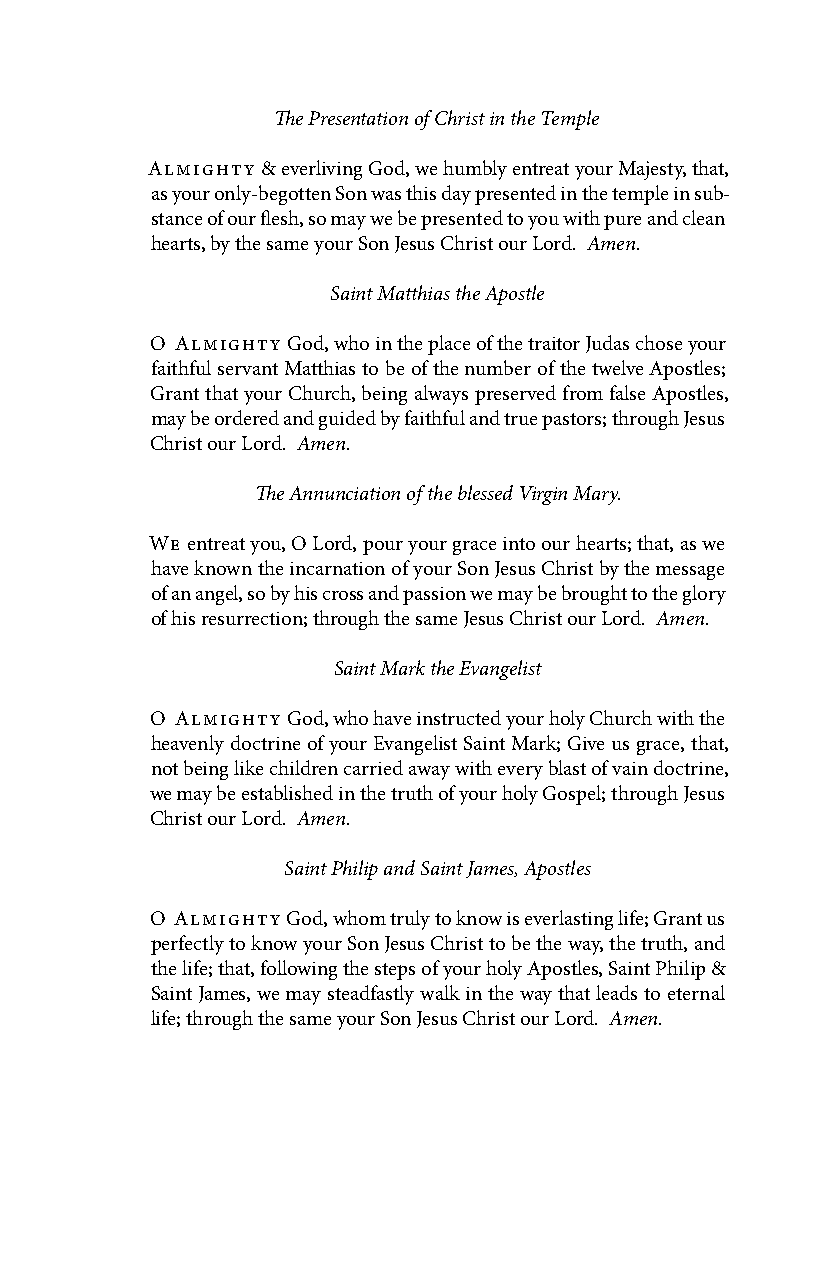
The Presentation of Christ in the Temple
 Almighty & everliving God, we humbly entreat your Majesty, that,
 as your only-begotten Son was this day presented in the temple in sub-
 stance of our flesh, so may we be presented to you with pure and clean
 hearts, by the same your Son Jesus Christ our Lord. Amen.
 Saint Matthias the Apostle
 O Almighty God, who in the place of the traitor Judas chose your
 faithful servant Matthias to be of the number of the twelve Apostles;
 Grant that your Church, being always preserved from false Apostles,
 may be ordered and guided by faithful and true pastors; through Jesus
 Christ our Lord. Amen.
 The Annunciation of the blessed Virgin Mary.
 We entreat you, O Lord, pour your grace into our hearts; that, as we
 have known the incarnation of your Son Jesus Christ by the message
 of an angel, so by his cross and passion we may be brought to the glory
 of his resurrection; through the same Jesus Christ our Lord. Amen.
 Saint Mark the Evangelist
 O Almighty God, who have instructed your holy Church with the
 heavenly doctrine of your Evangelist Saint Mark; Give us grace, that,
 not being like children carried away with every blast of vain doctrine,
 we may be established in the truth of your holy Gospel; through Jesus
 Christ our Lord. Amen.
 Saint Philip and Saint James, Apostles
 O Almighty God, whom truly to know is everlasting life; Grant us
 perfectly to know your Son Jesus Christ to be the way, the truth, and
 the life; that, following the steps of your holy Apostles, Saint Philip &
 Saint James, we may steadfastly walk in the way that leads to eternal
 life; through the same your Son Jesus Christ our Lord. Amen.